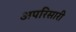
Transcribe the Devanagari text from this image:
अपरिसारी